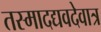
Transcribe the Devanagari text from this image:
तस्मादद्यवदेवात्र